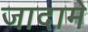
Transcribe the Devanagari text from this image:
जादामे